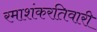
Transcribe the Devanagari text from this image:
रमाशंकरतिवारी